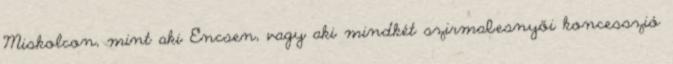
Miskolcon, mint aki Encsen, vagy aki mindkét szirmabesnyői koncesszió